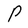
Character: P